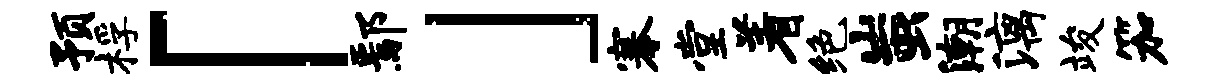
预桴「鄢」搴堂着绝蚩潮漓竣笳